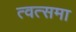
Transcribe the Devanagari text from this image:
त्वत्समा